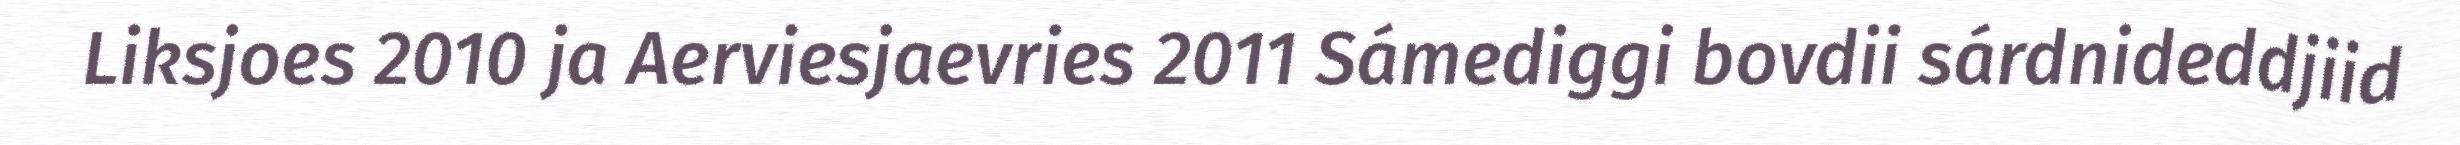
Liksjoes 2010 ja Aerviesjaevries 2011 Sámediggi bovdii sárdnideddjiid